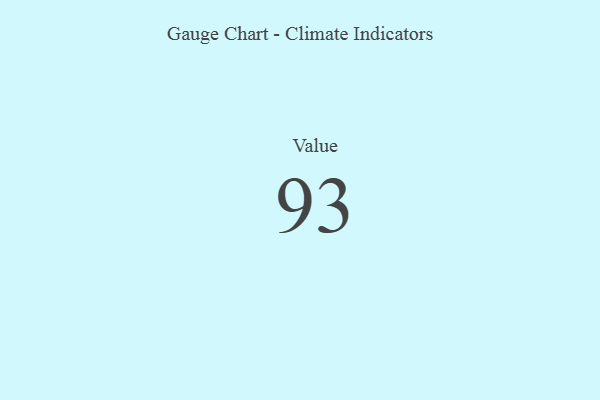
{"axis": {"x": "Metric", "y": "Value"}, "legend": [""], "data": [{"x": "Value", "y": 93, "type": ""}]}